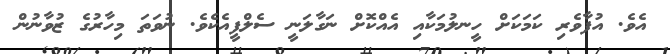
އެވެ. އުފާވެރި ކަމަކަށް ހީނލުމަކާއި އެއްކޮށް ނަގާލަނީ ސެލްފީއެކެވެ. ނުވަތަ މިހާރުގެ ޒުވާނުން